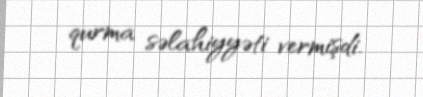
qurma səlahiyyəti vermişdi.